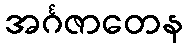
အင်္ဂဇာတေန